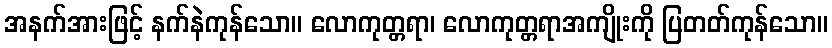
အနက်အားဖြင့် နက်နဲကုန်သော။ လောကုတ္တရာ၊ လောကုတ္တရာအကျိုးကို ပြတတ်ကုန်သော။